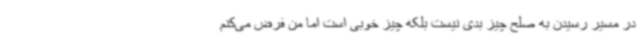
در مسیر رسیدن به صلح چیز بدی نیست بلکه چیز خوبی است اما من فرض می‌کنم